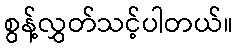
စွန့်လွှတ်သင့်ပါတယ်။